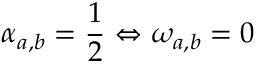
\alpha _ { a , b } = \frac { 1 } { 2 } \Leftrightarrow \omega _ { a , b } = 0